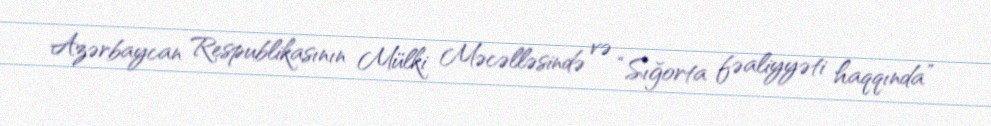
Azərbaycan Respublikasının Mülki Məcəlləsində və “Sığorta fəaliyyəti haqqında”